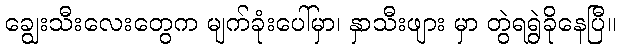
ချွေးသီးလေးတွေက မျက်ခုံးပေါ်မှာ၊ နှာသီးဖျား မှာ တွဲရရွဲခိုနေပြီ။